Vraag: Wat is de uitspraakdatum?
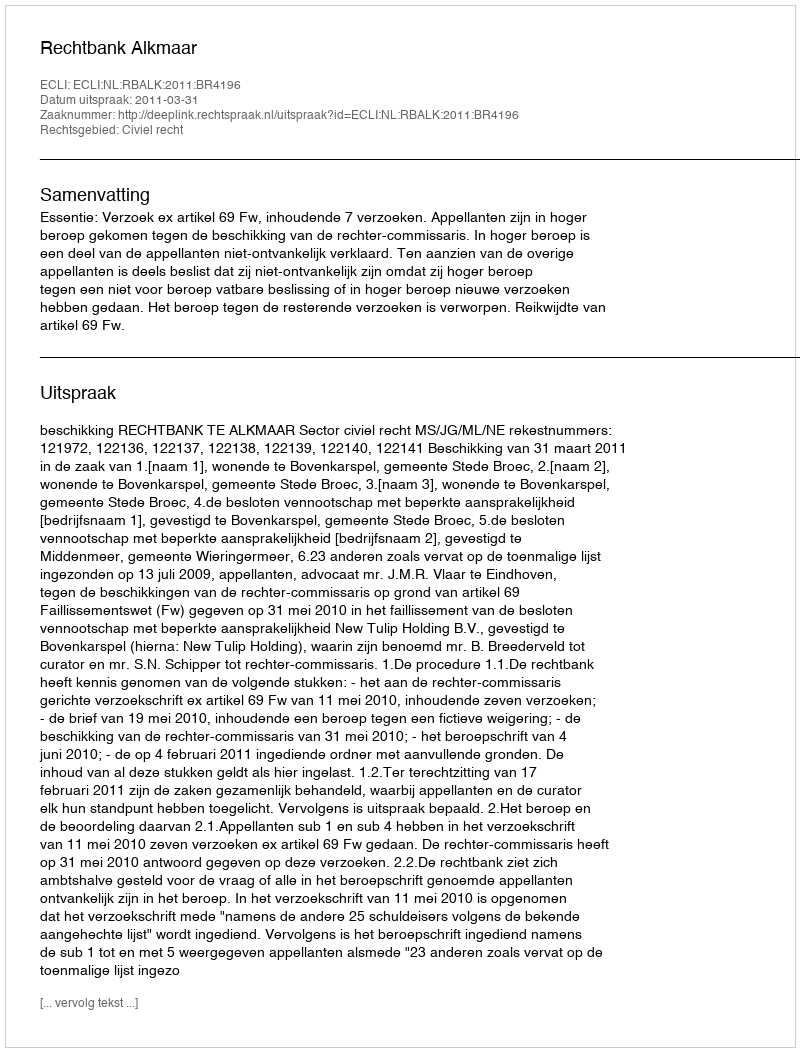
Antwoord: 2011-03-31